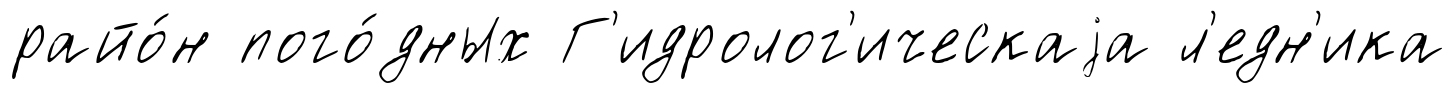
райо́н пого́дных Г'идролог'ическаjа л'едн'ика